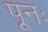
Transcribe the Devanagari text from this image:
पूनः